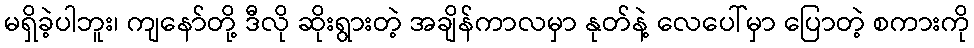
မရှိခဲ့ပါဘူး၊ ကျနော်တို့ ဒီလို ဆိုးရွားတဲ့ အချိန်ကာလမှာ နုတ်နဲ့ လေပေါ်မှာ ပြောတဲ့ စကားကို